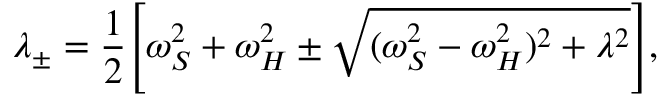
\lambda _ { \pm } = \frac { 1 } { 2 } \Biggl [ \omega _ { S } ^ { 2 } + \omega _ { H } ^ { 2 } \pm \sqrt { ( \omega _ { S } ^ { 2 } - \omega _ { H } ^ { 2 } ) ^ { 2 } + \lambda ^ { 2 } } \Biggr ] ,